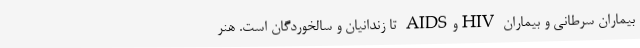
بیماران سرطانی و بیماران HIVوAIDS تا زندانیان و سالخوردگان است. هنر